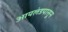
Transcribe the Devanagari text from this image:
आयलंडपासून